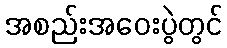
အစည်းအဝေးပွဲတွင်